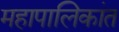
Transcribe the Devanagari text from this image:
महापालिकांत